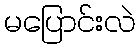
မပြောင်းလဲ